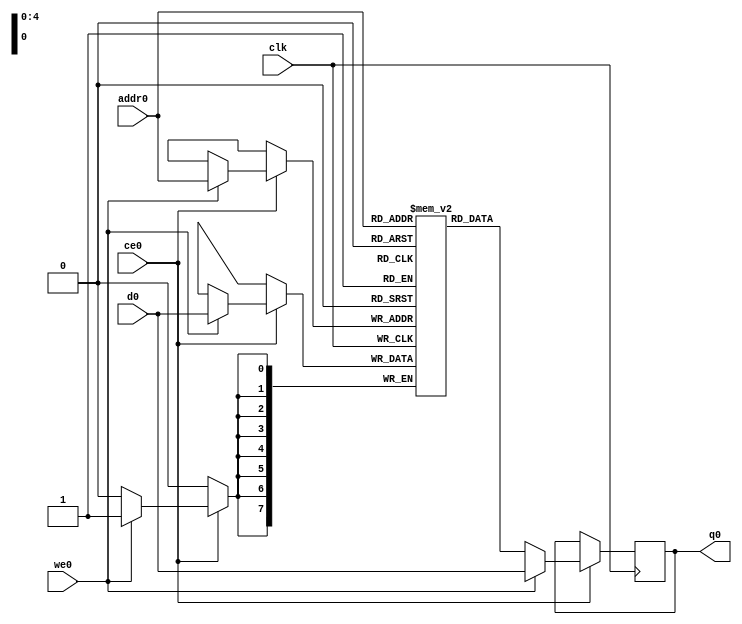
// ==============================================================
// File generated by Vivado(TM) HLS - High-Level Synthesis from C, C++ and SystemC
// Version: 2018.2
// Copyright (C) 1986-2018 Xilinx, Inc. All Rights Reserved.
// 
// ==============================================================

`timescale 1 ns / 1 ps
module matrix_multiply_tekP_ram (addr0, ce0, d0, we0, q0,  clk);

parameter DWIDTH = 8;
parameter AWIDTH = 5;
parameter MEM_SIZE = 32;

input[AWIDTH-1:0] addr0;
input ce0;
input[DWIDTH-1:0] d0;
input we0;
output reg[DWIDTH-1:0] q0;
input clk;

(* ram_style = "distributed" *)reg [DWIDTH-1:0] ram[0:MEM_SIZE-1];




always @(posedge clk)  
begin 
    if (ce0) 
    begin
        if (we0) 
        begin 
            ram[addr0] <= d0; 
            q0 <= d0;
        end 
        else 
            q0 <= ram[addr0];
    end
end


endmodule


`timescale 1 ns / 1 ps
module matrix_multiply_tekP(
    reset,
    clk,
    address0,
    ce0,
    we0,
    d0,
    q0);

parameter DataWidth = 32'd8;
parameter AddressRange = 32'd32;
parameter AddressWidth = 32'd5;
input reset;
input clk;
input[AddressWidth - 1:0] address0;
input ce0;
input we0;
input[DataWidth - 1:0] d0;
output[DataWidth - 1:0] q0;



matrix_multiply_tekP_ram matrix_multiply_tekP_ram_U(
    .clk( clk ),
    .addr0( address0 ),
    .ce0( ce0 ),
    .we0( we0 ),
    .d0( d0 ),
    .q0( q0 ));

endmodule